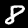
Digit: 8